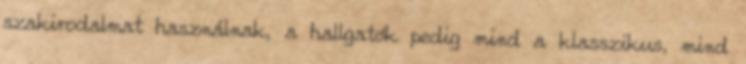
szakirodalmat használnak, a hallgatók pedig mind a klasszikus, mind